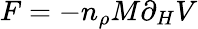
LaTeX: F=-n_{\rho}M\partial_{H}V